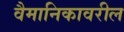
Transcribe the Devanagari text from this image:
वैमानिकावरील